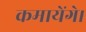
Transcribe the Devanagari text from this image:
कमायेंगे।